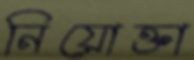
নিয়োক্তা